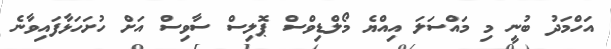
އަހްމަދު ބުނީ މި މައްސަލަ އިއްޔެ މޯލްޑިވްސް ޕޮލިސް ސާވިސް އަށް ހުށަހަޅާފައިވާނެ